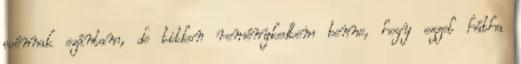
poénnak szántam, de titkon reménykedtem benne, hogy ezzel hátha